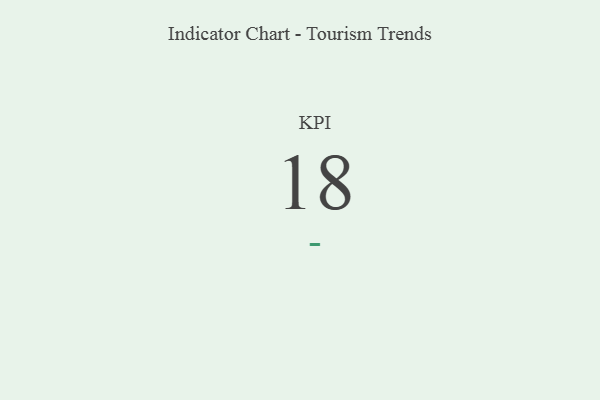
{"axis": {"x": "KPI", "y": "Value"}, "legend": [""], "data": [{"x": "KPI", "y": 18, "type": ""}]}